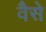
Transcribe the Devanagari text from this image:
वैेसे